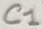
Text: C1